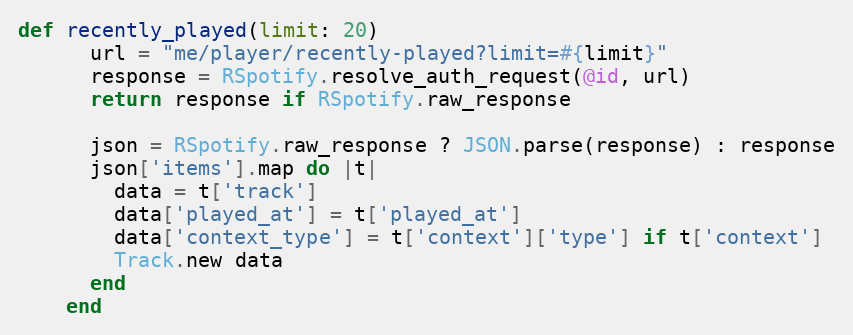
Language: Ruby
def recently_played(limit: 20)
      url = "me/player/recently-played?limit=#{limit}"
      response = RSpotify.resolve_auth_request(@id, url)
      return response if RSpotify.raw_response

      json = RSpotify.raw_response ? JSON.parse(response) : response
      json['items'].map do |t|
        data = t['track']
        data['played_at'] = t['played_at']
        data['context_type'] = t['context']['type'] if t['context']
        Track.new data
      end
    end